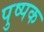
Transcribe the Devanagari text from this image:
पुष्‍पक